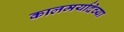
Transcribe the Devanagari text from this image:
कालमर्यादेच्या